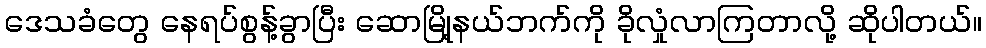
ဒေသခံတွေ နေရပ်စွန့်ခွာပြီး ဆောမြို့နယ်ဘက်ကို ခိုလှုံလာကြတာလို့ ဆိုပါတယ်။